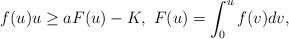
LaTeX: \begin{align*}f(u)u\geq aF(u)-K,\ F(u)=\int_0^uf(v)dv,\end{align*}